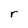
Character: r